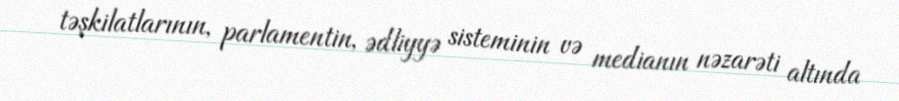
təşkilatlarının, parlamentin, ədliyyə sisteminin və medianın nəzarəti altında